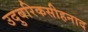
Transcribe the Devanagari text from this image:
उदुबरिकसीहनाद